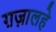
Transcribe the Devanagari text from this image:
ग़ज़ालहे